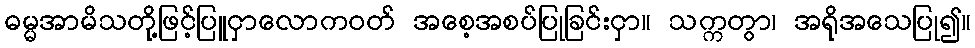
ဓမ္မအာမိသတို့ဖြင့်ပြူငှာလောကဝတ် အစေ့အစပ်ပြုခြင်းငှာ။ သက္ကတွာ၊ အရိုအသေပြု၍။